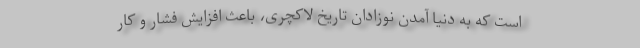
است که به دنیا آمدن نوزادان تاریخ لاکچری، باعث افزایش فشار و کار